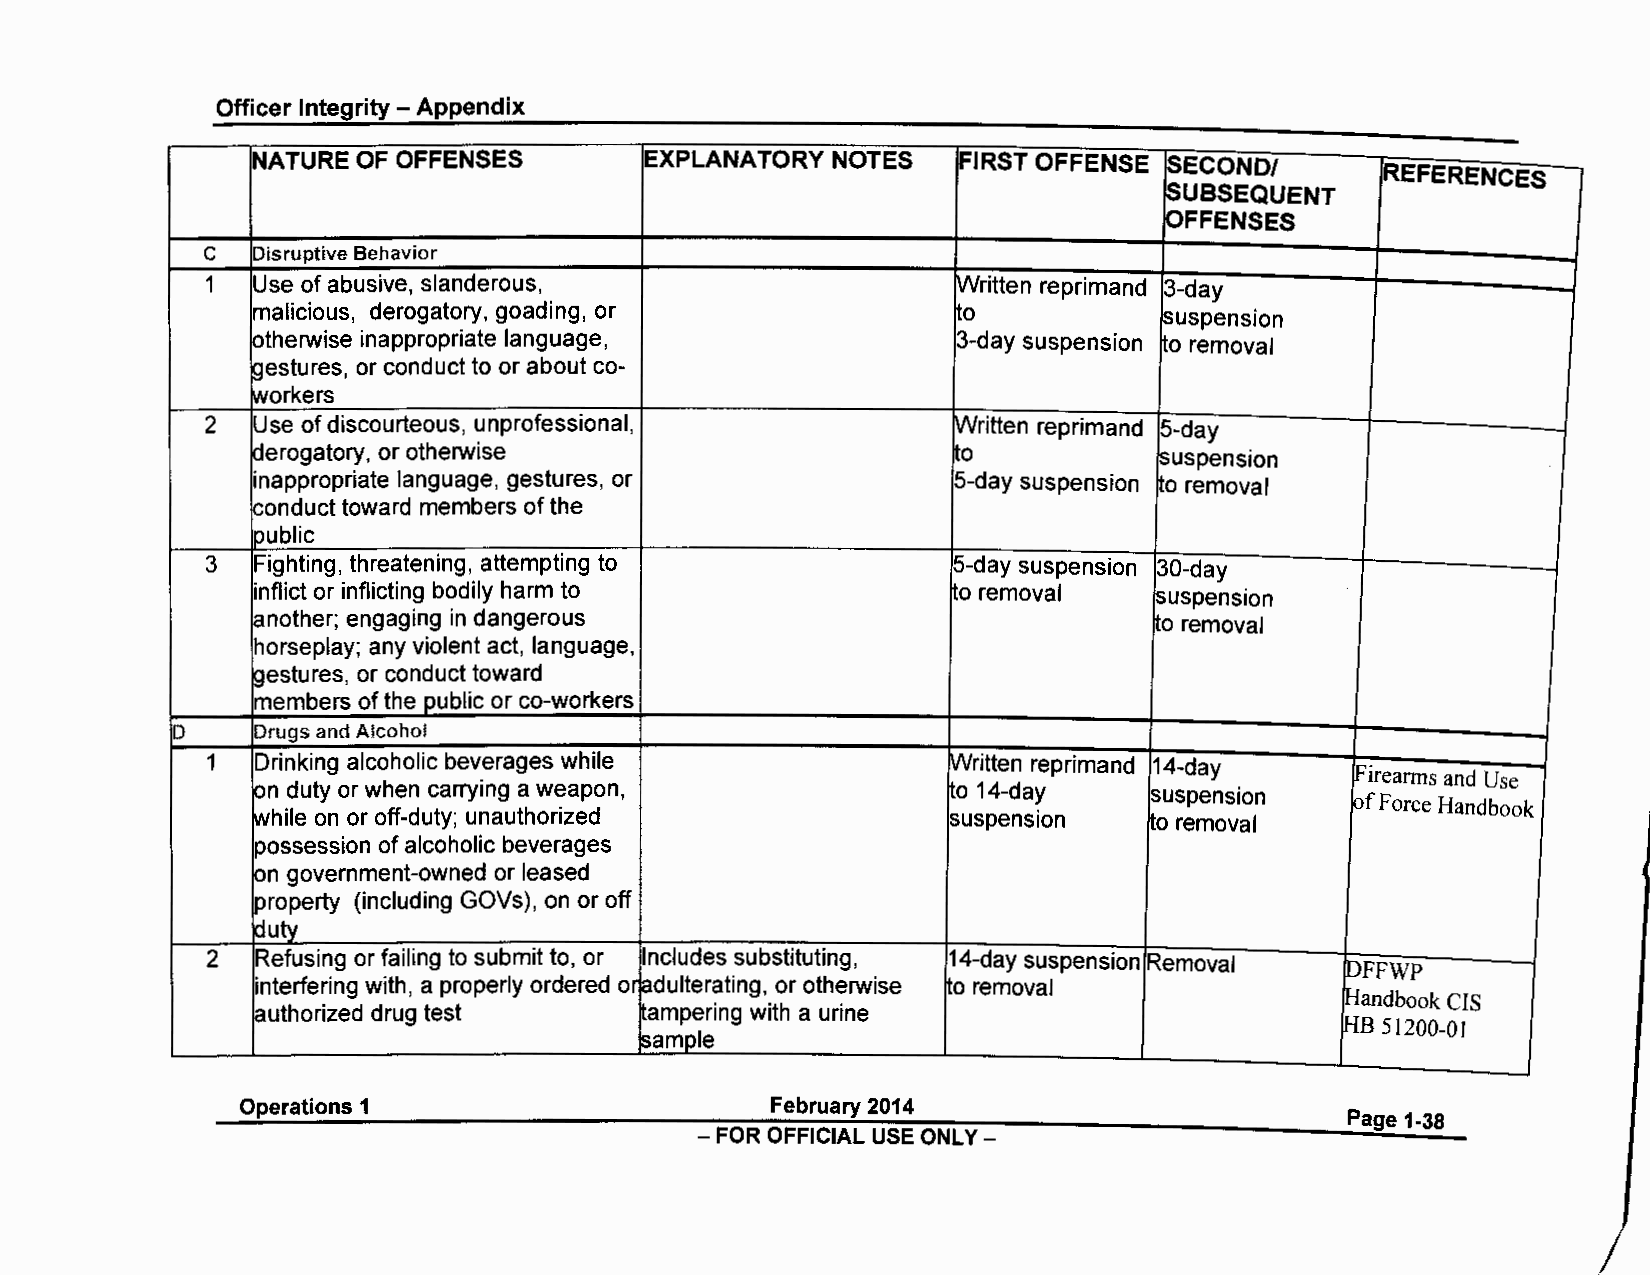
Officer Integrity - Appendix
 NATURE OF OFFENSES        EXPLANATORY NOTES   FIRST OFFENSE SECOND/
 REFERENCES
 SUBSEQUENT
 OFFENSES
 C   Disruptive Behavior
 1   Use of abusive, slanderous,                   Written reprimand 3-day
 malicious, derogatory, goading, or            Ito           !Suspension
 otherwise inappropriate language,             3-day suspension to removal
 gestures, or conduct to or about co-
 workers
 2   Use of discourteous, unprofessional,          Written reprimand 5-day
 derogatory, or otherwise                      to            suspension
 inappropriate language, gestures, or          5-day suspension fo removal
 conduct toward members of the
 IPUblic
 3   Fighting, threatening, attempting to          5-day suspension 30-day
 inflict or inflicting bodily harm to          Ito removal  suspension
 another; engaging in dangerous
 to removal
 horseplay; any violent act, language,
 gestures, or conduct toward
 members of the public or co-workers
 D     Drugs and Alcohol
 1  Drinking alcoholic beverages while            Written reprimand 14-day
 !Firearms and Use
 IOn duty or when carrying a weapon,           10 14-day    suspension
 !Of Force Handbook
 while on or off-duty; unauthorized            suspension   to removal
 possession of alcoholic beverages
 10n government-owned or leased
 property (including GOVs), on or off
 k:Jutv
 2   Refusing or failing to submit to, or Includes substituting, 14-day suspension Removal
 DFFWP
 interfering with, a properly ordered or !adulterating, or otherwise Ito removal
 !Handbook CIS
 authorized drug test      ampering with a urine
 HB 51200-01
 sample
 Operations 1                       February 2014
 Page 1-38
 FOR OFFICIAL USE ONLY -